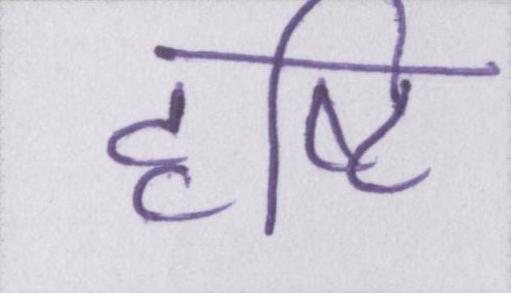
दृष्टि